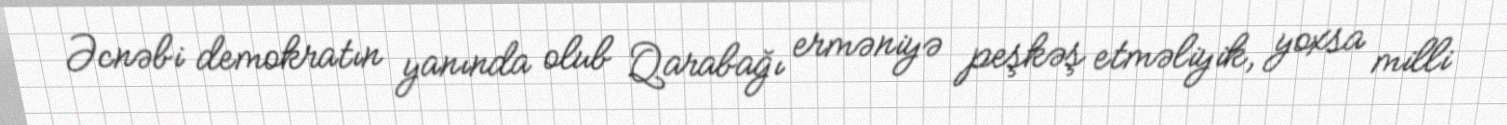
Əcnəbi demokratın yanında olub Qarabağı erməniyə peşkəş etməliyik, yoxsa milli